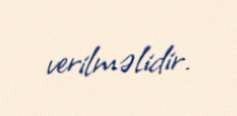
verilməlidir.